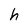
Character: h